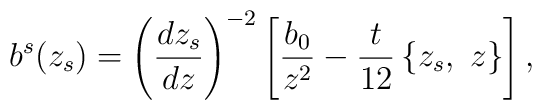
b^s(z_s)=\left(\frac{dz_s}{dz}\right)^{-2}  \left[\frac{b_0}{z^2}-\frac{t}{12}\left\{z_s, \ z\right\}\right],